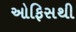
ઓફિસથી